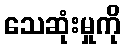
သေဆုံးမှုကို